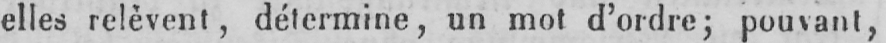
elles relèvent, détermine, un mot d’ordre; pouvant,